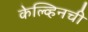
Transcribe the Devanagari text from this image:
केल्व्हिनची